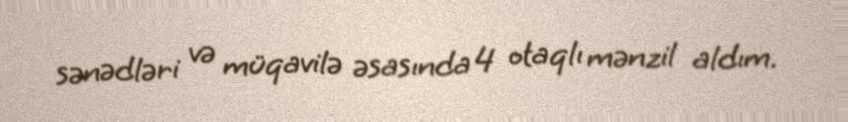
sənədləri və müqavilə əsasında 4 otaqlı mənzil aldım.